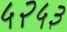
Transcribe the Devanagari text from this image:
५२५३